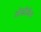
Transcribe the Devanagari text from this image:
ओडोडेम